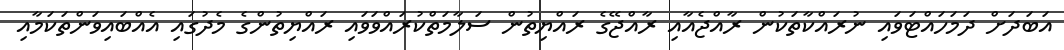
އަބަދަށް ދަމަހައްޓަވައި ނުރައްކާތަކުން ރާއްޖެއާއި ރާއްޖޭގެ ރައްޔިތުން ސަލާމަތްކުރައްވަވައި ރައްޔިތުންގެ މެދުގައި އެއްބައިވަންތަކަމާއި